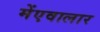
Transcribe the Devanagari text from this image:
मेंएवालार